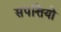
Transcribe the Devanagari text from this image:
संपत्तियो